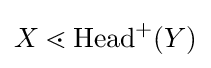
X\lessdot \mathrm {Head} ^{+}(Y)